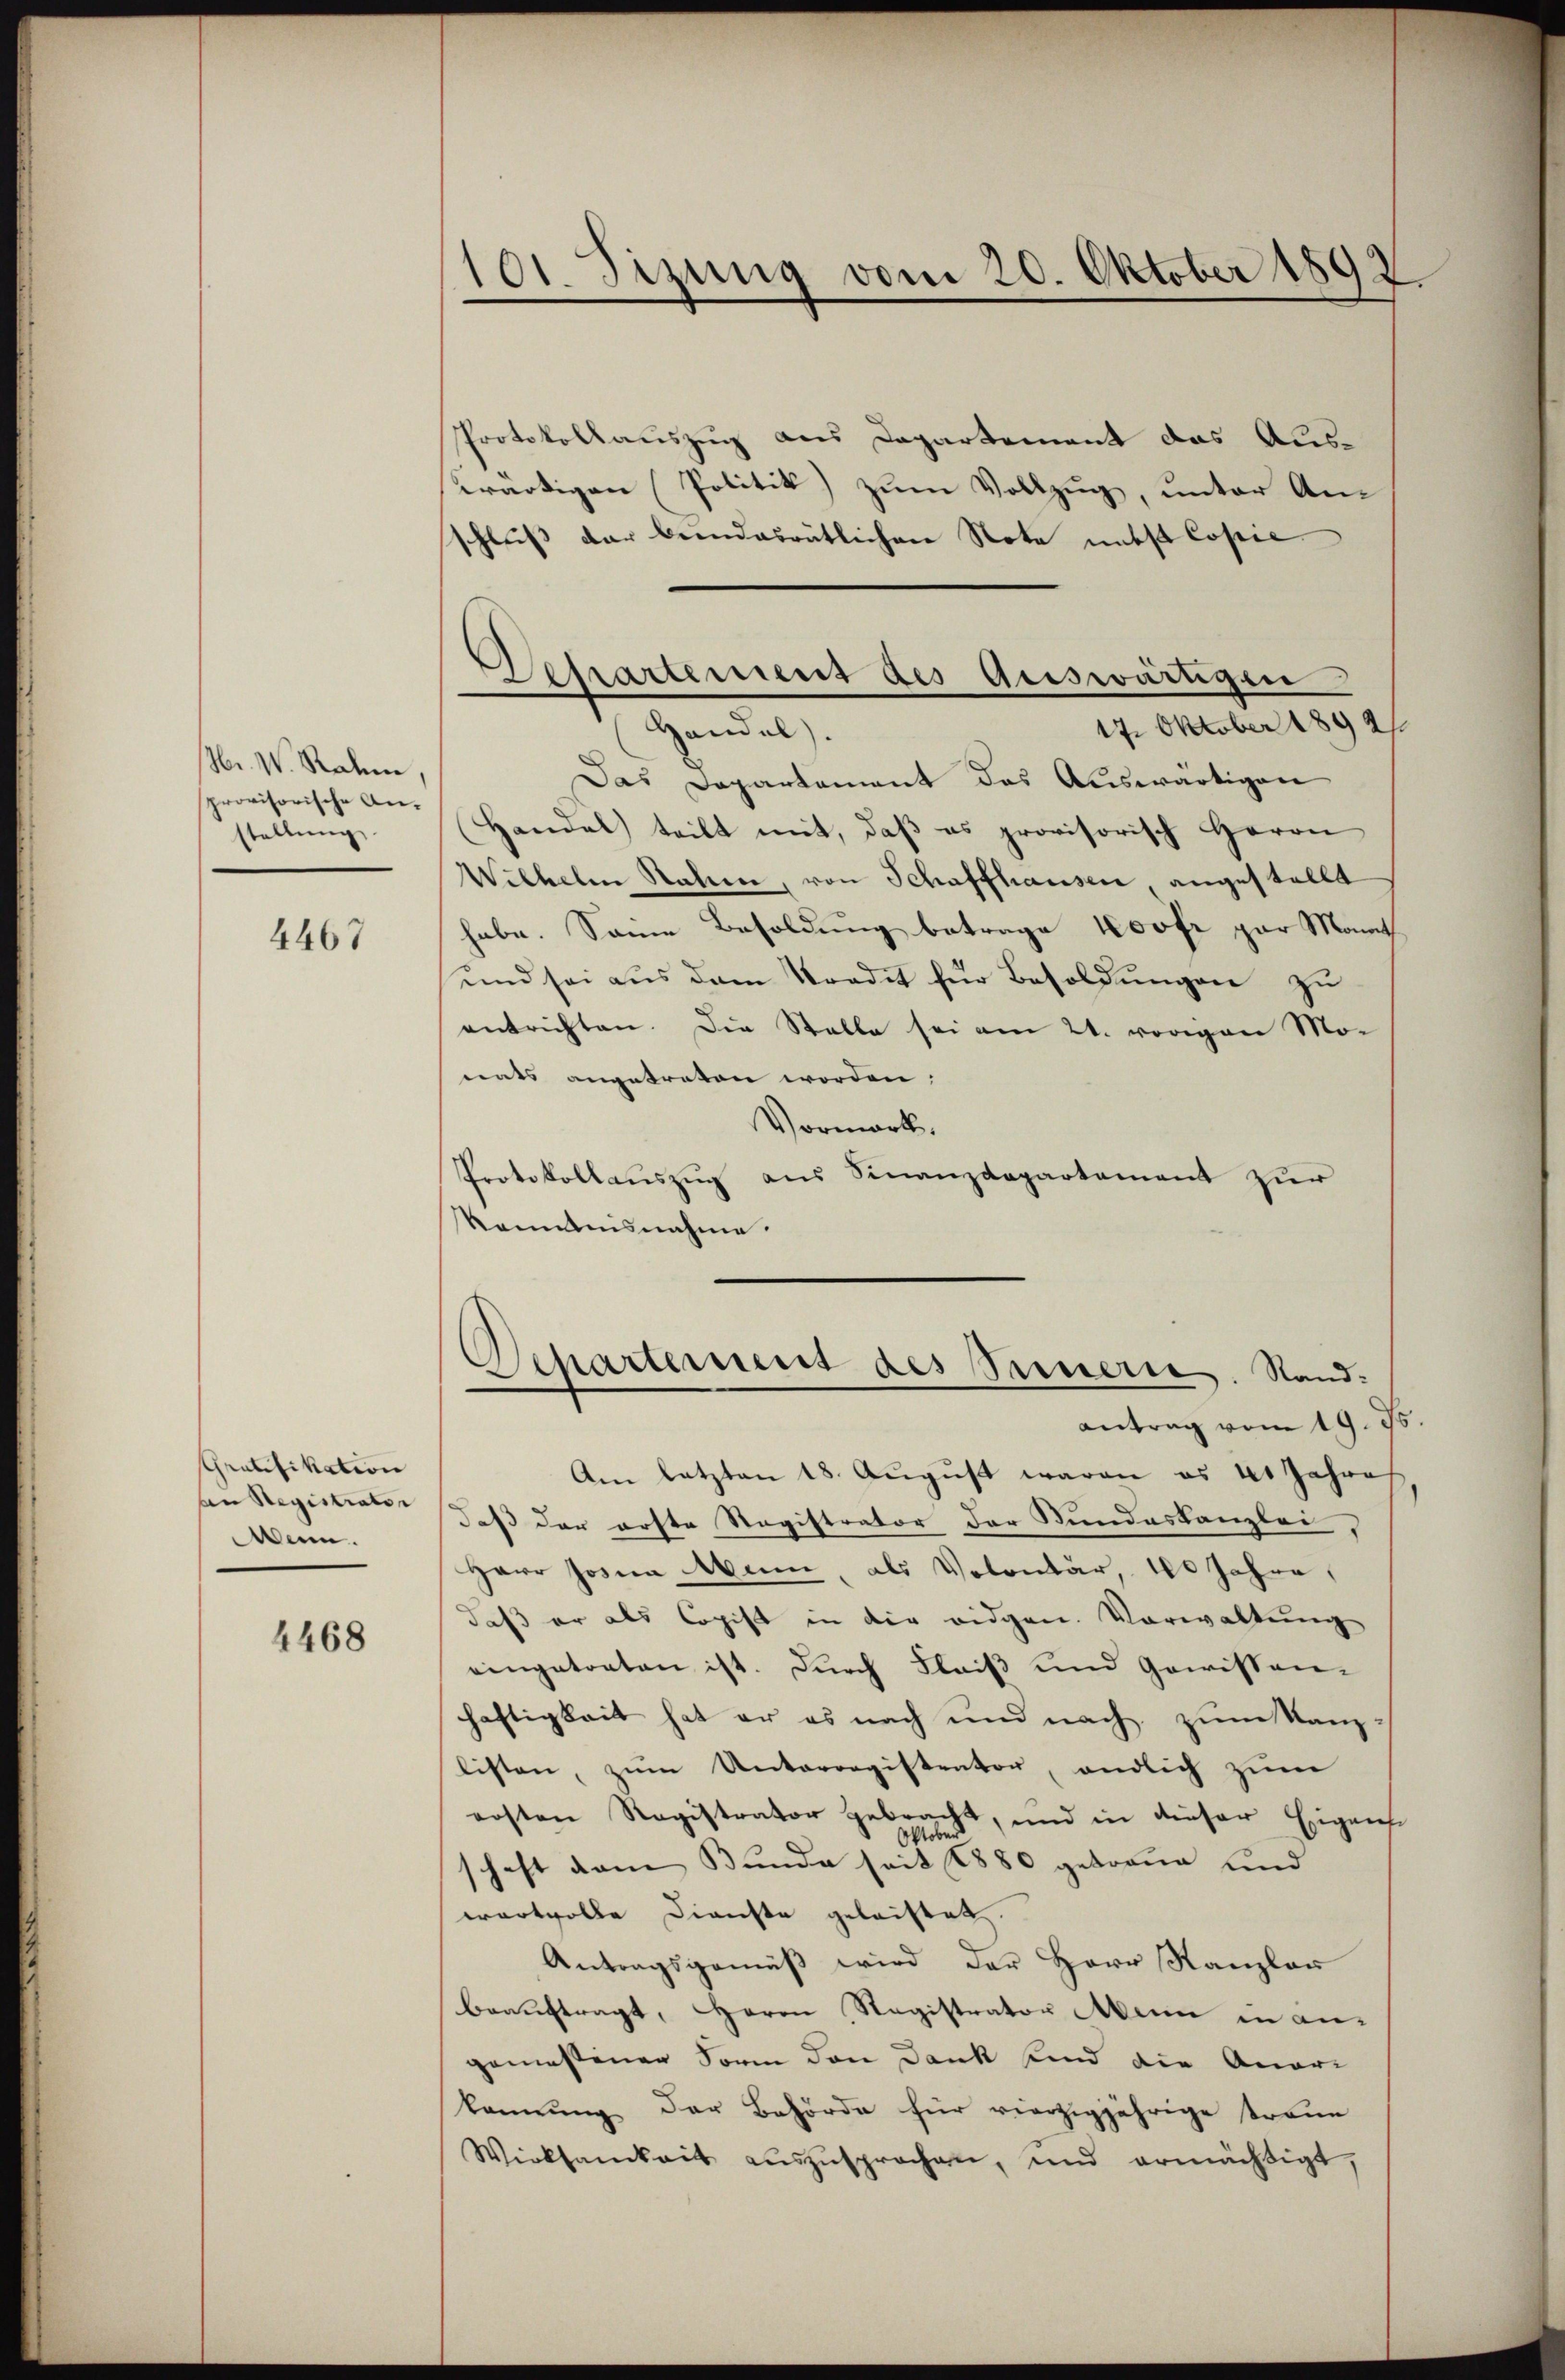
Hr. W. Rahm,
provisorische Anstellung

4467

Gratifikation
an Registrator
Anm.

4468

101. Sizung vom 20. Oktober 1892.

Protokollauszug aus Departement das Auswärtigen Politik) zum Vollzug, unter Anschluß der beendesrätlichen Nota nebst Copie
17. Oktober 1892
Handel.
Das Departement das Auswärtigen
Handel teilt mit, daβ es provisorisch Herrn
Wilhelm Nahen, von Schaffhauser angestellt
habe. Sonne Besoldung betrage 100fr gar Monath
und sei aus dem Tradit für Besoldungen zu
entrichten. Die Stalle sei am 21. vorigen Mo-
nats angetreten worden,
Vormark,
Protokollauszug aus Finanzdepartement zur
Kenntnisnahme.
Departement des Sinnern. Stand.
antrag vom 19. ds
Am letzten 18. Aŭgŭst waren es 40 Jahre
daß der erste Sagistrator der Bundeskanzlei,
Herr Josia Mann, als Volontär, 100 Jahre
daß er als Copist in die eidgen. Vorwaltung
eingetreten ist. Durch Fleiß und Gewissen-
haftigkeit hat er es nach und nach zŭm Kanzlisten, zŭm Unterregistentor, endlich zum
ersten Registrator gebracht, und in dieser Eigens
schaft vom Bunde seit 1880 getraue und
wertvolle Dienste geleistet.
Antragsgemäß wird der Herr Kanzlan
beauftragt, Herrn Registrator Mein in angemessener Form den Dank sind die Anar-
kennung der Behörde für vierzigjährige traue
Wirksamkeit aŭszŭsprochen, und ermächtigt,

Departement des Auswärtigen